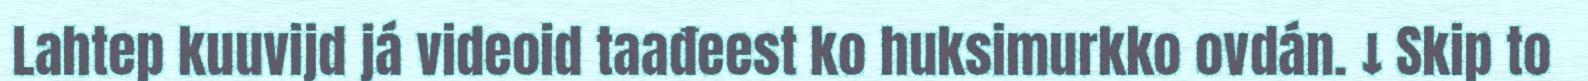
Lahtep kuuvijd já videoid taađeest ko huksimurkko ovdán. ↓ Skip to